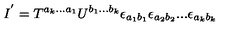
I ^ { ' } = T ^ { a _ { k } . . . a _ { 1 } } U ^ { b _ { 1 } . . . b _ { k } } \epsilon _ { a _ { 1 } b _ { 1 } } \epsilon _ { a _ { 2 } b _ { 2 } } . . . \epsilon _ { a _ { k } b _ { k } }